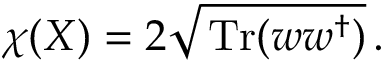
\chi ( X ) = 2 \sqrt { \, \mathrm { T r } ( w w ^ { \dagger } ) } \, .